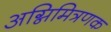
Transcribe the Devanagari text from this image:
अग्निमित्रणक